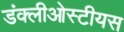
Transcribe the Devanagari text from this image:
डंक्लीओस्टीयस